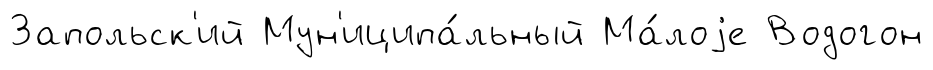
Запольск'ий Мун'иципа́льный Ма́лоjе Водогон